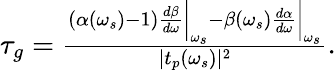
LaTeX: \begin{array}{r}{\tau_{g}=\frac{{\left(\alpha(\omega_{s})-1\right)}{\frac{d\beta}{d\omega}}\bigg|_{\omega_{s}}-{\beta(\omega_{s})}{\frac{d\alpha}{d\omega}}\bigg|_{\omega_{s}}}{|t_{p}(\omega_{s})|^{2}}.}\end{array}